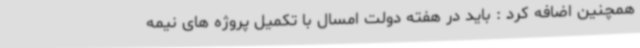
همچنین اضافه کرد : باید در هفته دولت امسال با تکمیل پروژه های نیمه